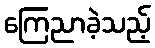
ကြေညာခဲ့သည့်